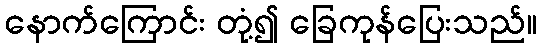
နောက်ကြောင်း တုံ့၍ ခြေကုန်ပြေးသည်။